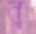
র